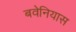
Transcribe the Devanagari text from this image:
बवेनियास